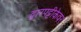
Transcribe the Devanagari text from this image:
द्वारपट्टीकेवर